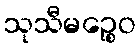
သုသီမဉ္စေဝ